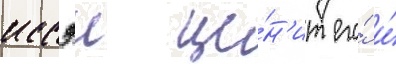
иссэи це́н'ит его́ и́